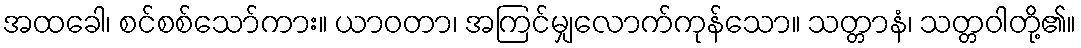
အထခေါ၊ စင်စစ်သော်ကား။ ယာဝတာ၊ အကြင်မျှလောက်ကုန်သော။ သတ္တာနံ၊ သတ္တဝါတို့၏။